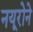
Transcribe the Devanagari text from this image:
नयूरोने